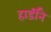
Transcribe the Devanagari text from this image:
हार्डीने